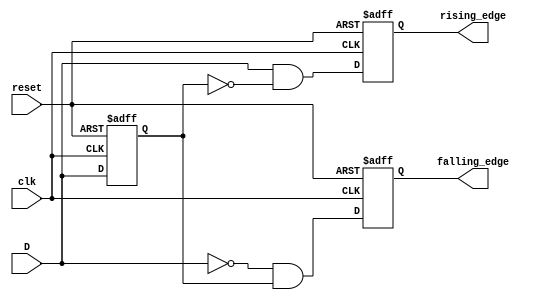
module differential_edge_detector (
    input wire clk,             // Clock signal
    input wire reset,           // Reset signal
    input wire D,               // Input signal
    output reg rising_edge,     // Rising edge detected output
    output reg falling_edge      // Falling edge detected output
);

    // Memory block to store the previous state
    reg previous_state;

    // Always block for edge detection and state updating
    always @(posedge clk or posedge reset) begin
        if (reset) begin
            // Initialize memory block to known state (0)
            previous_state <= 1'b0;
            rising_edge <= 1'b0;
            falling_edge <= 1'b0;
        end else begin
            // Edge Detection Logic
            rising_edge <= (D == 1'b1 && previous_state == 1'b0);
            falling_edge <= (D == 1'b0 && previous_state == 1'b1);
            
            // Update the previous state
            previous_state <= D;
        end
    end
endmodule